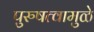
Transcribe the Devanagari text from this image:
पुरुषत्वामुळे